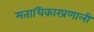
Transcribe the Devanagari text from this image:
मताधिकारप्रणाली